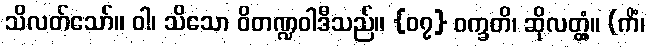
သိလတ်သော်။ ဝါ၊ သိသော ဝိတဏ္ဍဝါဒီသည်။ {၀၇} ဝက္ခတိ၊ ဆိုလတ္တံ့။ (ကိံ၊